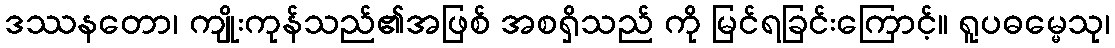
ဒဿနတော၊ ကျိုးကုန်သည်၏အဖြစ် အစရှိသည် ကို မြင်ရခြင်းကြောင့်။ ရူပဓမ္မေသု၊